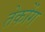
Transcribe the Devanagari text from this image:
तेकोंग